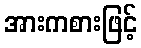
အားကစားဖြင့်